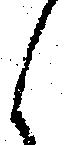
候